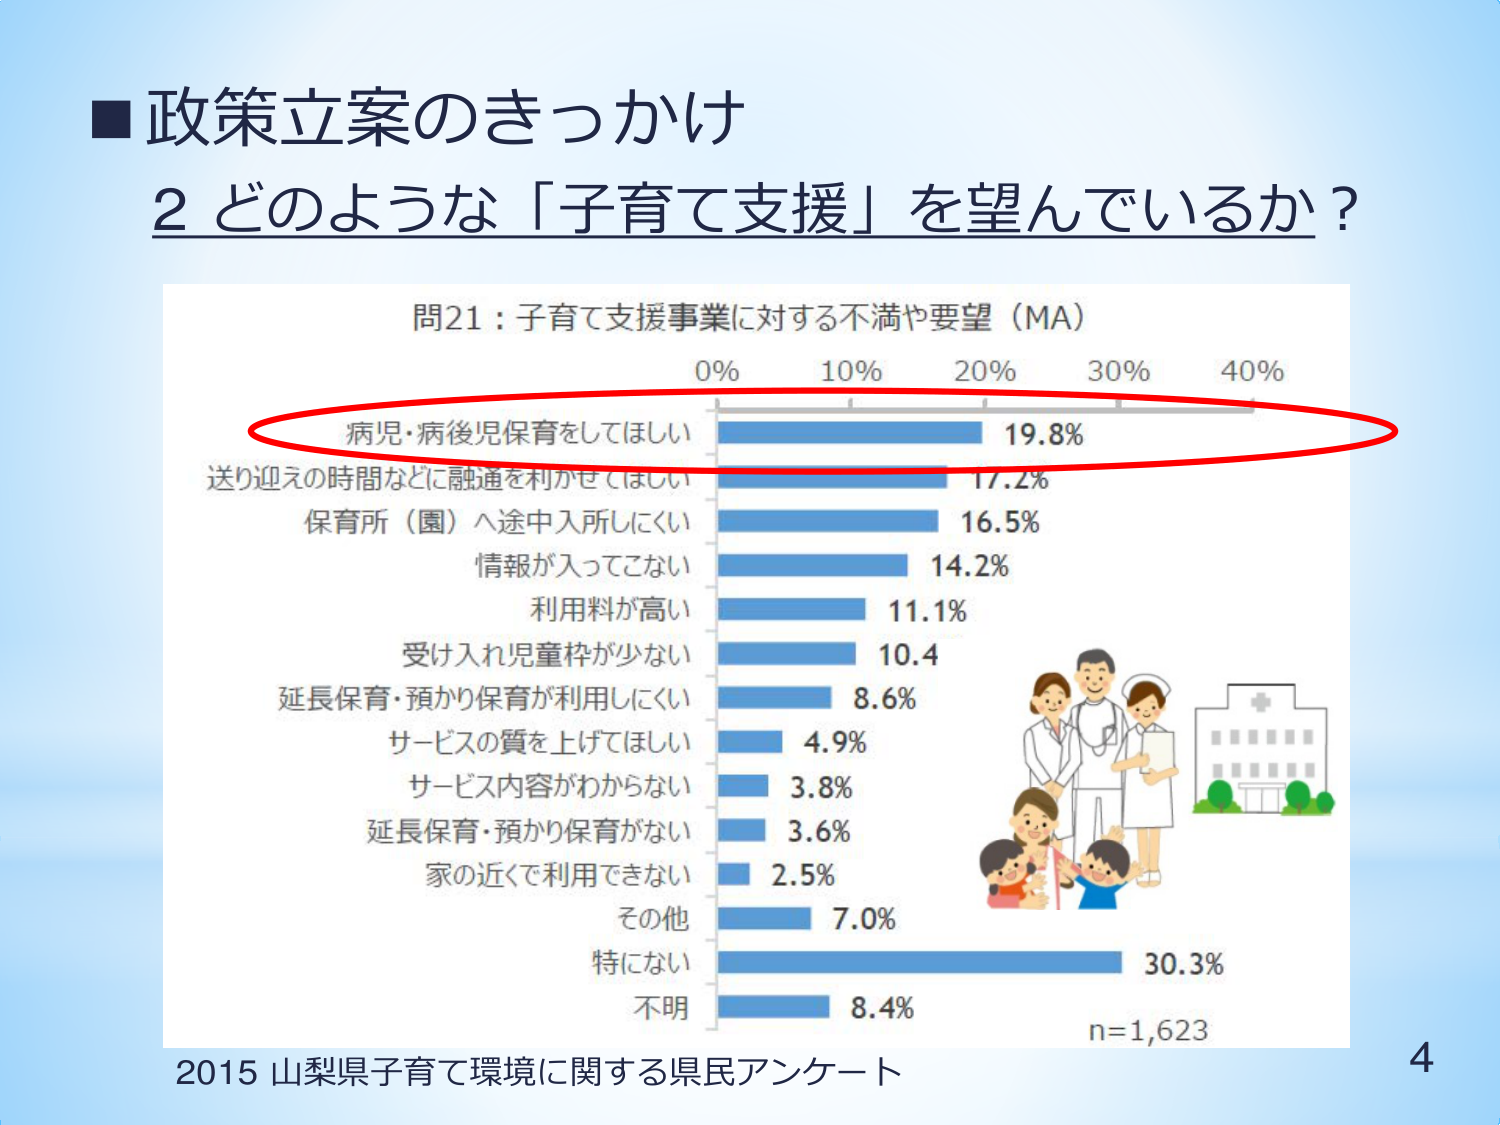
■政策立案のきっかけ
2 どのような「子育て支援」を望んでいるか？

問21：子育て支援事業に対する不満や要望（MA）
0%　10%　20%　30%　40%
病児・病後児保育をしてほしい　19.8%
送り迎えの時間などに融通を利かせてほしい　17.2%
保育所（園）へ途中入所しにくい　16.5%
情報が入ってこない　14.2%
利用料が高い　11.1%
受け入れ児童枠が少ない　10.4
延長保育・預かり保育が利用しにくい　8.6%
サービスの質を上げてほしい　4.9%
サービス内容がわからない　3.8%
延長保育・預かり保育がない　3.6%
家の近くで利用できない　2.5%
その他　7.0%
特にない　30.3%
不明　8.4%
n=1,623

2015 山梨県子育て環境に関する県民アンケート
4